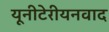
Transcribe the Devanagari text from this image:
यूनीटेरीयनवाद